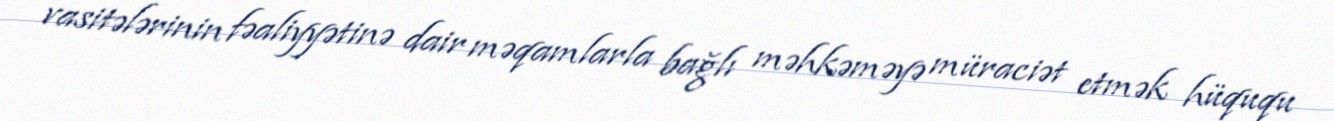
vasitələrinin fəaliyyətinə dair məqamlarla bağlı məhkəməyə müraciət etmək hüququ